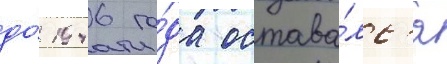
до́ 1946 го́да остава́лс'я